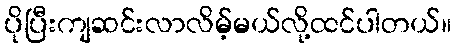
ပိုပြီးကျဆင်းလာလိမ့်မယ်လို့ထင်ပါတယ်။